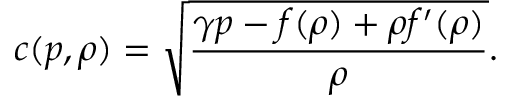
c ( p , \rho ) = \sqrt { \frac { \gamma p - f ( \rho ) + \rho f ^ { \prime } ( \rho ) } { \rho } } .